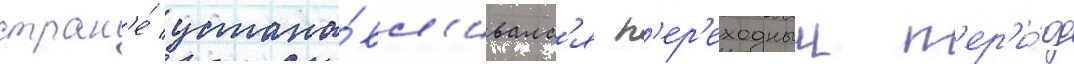
стран'е́ устана́вл'ивалс'я п'ер'еходныи п'ер'и́од